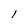
Character: l